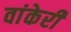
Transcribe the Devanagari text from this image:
वांकेरी